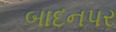
બાદનપર